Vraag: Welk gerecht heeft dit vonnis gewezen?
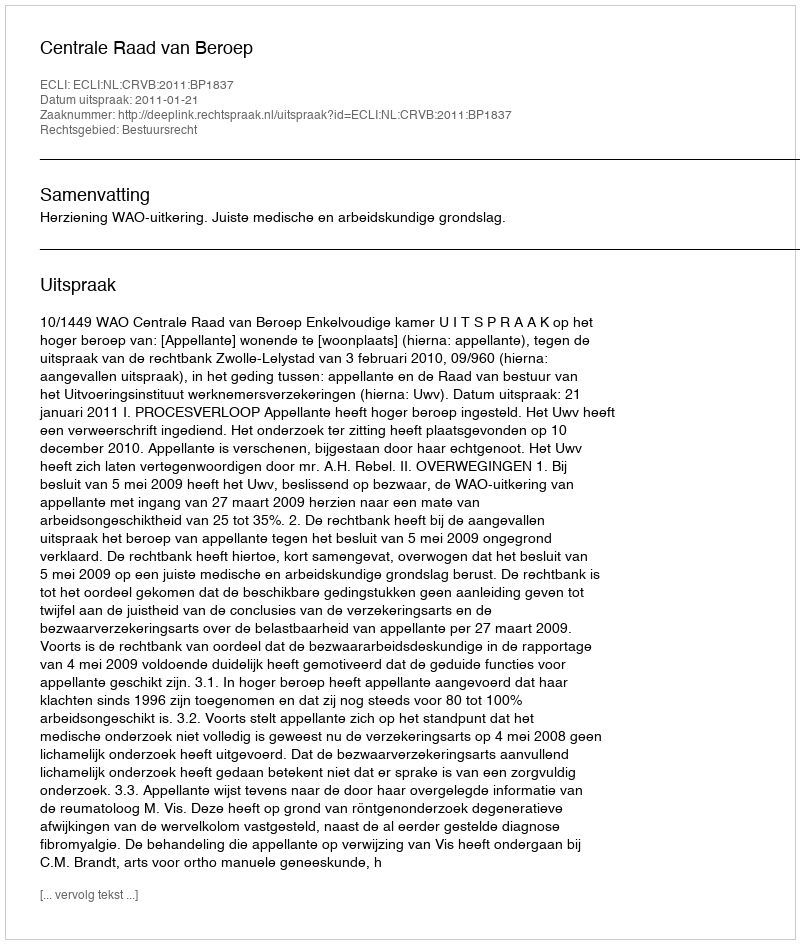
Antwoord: Centrale Raad van Beroep